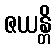
ဇယန္တိ